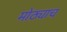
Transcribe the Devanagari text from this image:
मोठ्याच